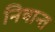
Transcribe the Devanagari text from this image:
निषान्त